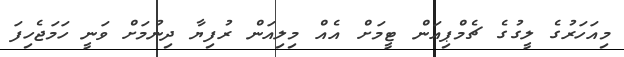
މިއަހަރުގެ ލީގުގެ ޗެމްޕިއަން ޓީމަށް އެއް މިލިއަން ރުފިޔާ ދިނުމަށް ވަނީ ހަމަޖެހިފަ